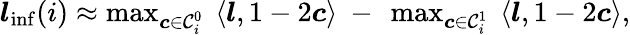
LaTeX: \begin{array}{r}{\boldsymbol{l}_{\mathrm{inf}}(i)\approx\operatorname*{max}_{\boldsymbol{c}\in\mathcal{C}_{i}^{0}}~\langle\boldsymbol{l},1-2{\boldsymbol{c}}\rangle~-~\operatorname*{max}_{\boldsymbol{c}\in\mathcal{C}_{i}^{1}}~\langle\boldsymbol{l},1-2{\boldsymbol{c}}\rangle,}\end{array}